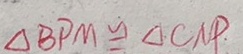
\Delta B P M \cong \Delta C N P